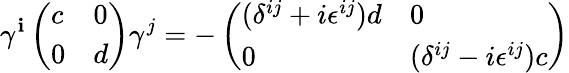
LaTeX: \gamma^{\mathbf{i}}\left(\begin{array}{ll}{{c}}&{{0}}\\ {{0}}&{{d}}\end{array}\right)\gamma^{j}=-\left(\begin{array}{ll}{{(\delta^{ij}+i\epsilon^{ij})d}}&{{0}}\\ {{0}}&{{(\delta^{ij}-i\epsilon^{ij})c}}\end{array}\right)